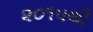
૨૦૧૫થી